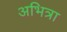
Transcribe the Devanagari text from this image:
अभित्रा